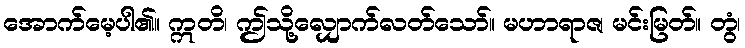
အောက်မေ့ပါ၏။ ဣတိ၊ ဤသို့လျှောက်လတ်သော်။ မဟာရာဇ၊ မင်းမြတ်။ တွံ၊